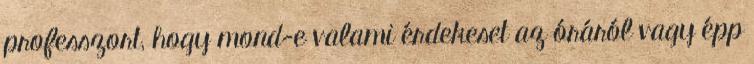
professzort, hogy mond-e valami érdekeset az óráról vagy épp